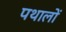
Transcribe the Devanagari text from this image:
पथालों